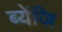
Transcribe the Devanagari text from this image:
ब्येंजि